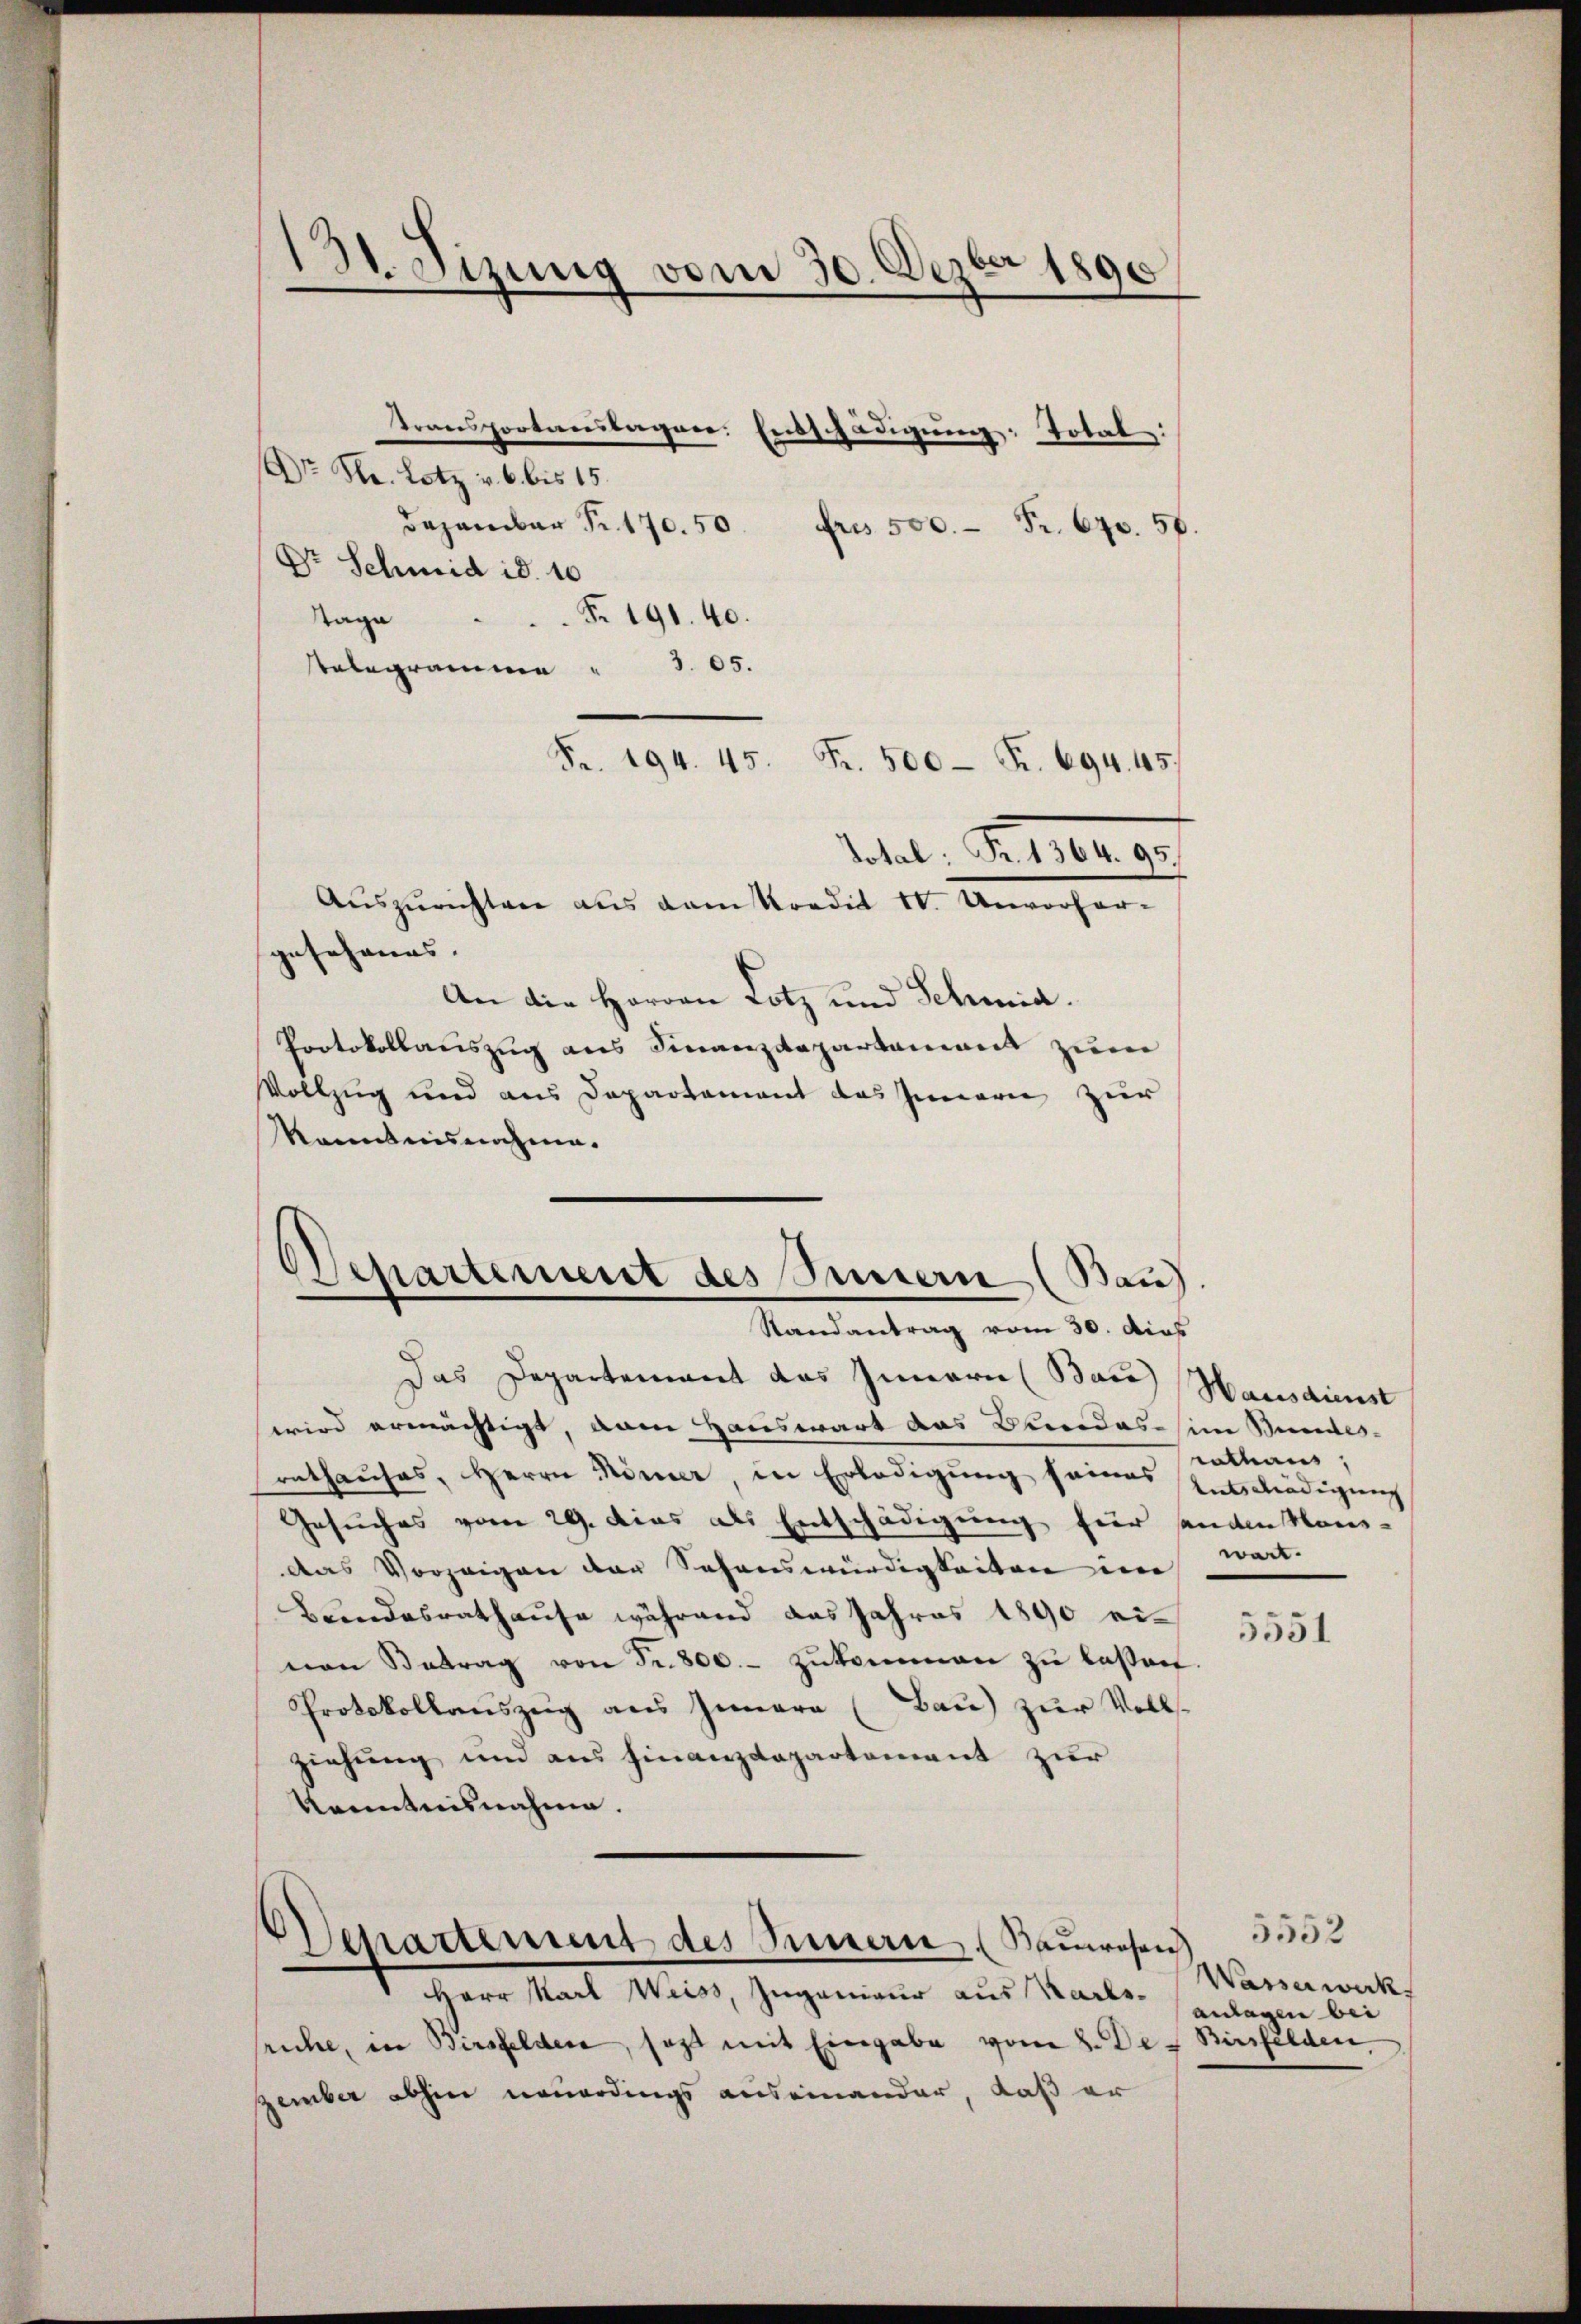
13t. Sizung vom 30. Dezbr 1890

Transportanstagen: Entschädigung: Total:
Dr. St. Lotz v. 6. bis 15.
Dezember Fr. 170. 50.
Fros 500. Fr. 670. 56.
Dr. Schmid id. 10
Tage . . . . 191. 40.
3. 85.
telegramme
Fr. 194. 45. Fr. 500 Fr. 694. 45.
Total, Seiter a
Auszurichten aus vom Kondit 1. Unvorher-
gesehenes. |
An die Herren Lotz und Schmid.
Protokollauszug aus Finanzdepartement zum
Vollzug und aus Departement das Innere zur
kanntnisnahme.
Departement des Innern (Bau

Randantrag vom 30. dies

Das Departement das Innern (Bau Hausdienst
wird ermächtigt, vom Hauswart das Bundes in Bundes-
rathauses, Herrn Römer, in Erledigung seines Entschädigung
Gesuches vom 29. Das als Entschädigung für anden kon-
das Vorzeigen der Schenswürdigkeiten im wart.
Bundesrathause während das Jahres 1890 einen Betrag von Fr. 800.- zŭkommen zŭ lassen.
Protokollauszug aus Innern (Bau) zur Volls-
ziehung und aus Finanzdepartement zur
Kenntnisnahme.
5552
Departement des Innern (Bauwesen
Wasserwerk
1 Herr Karl Weiss, Ingenieur aus Karlsanlagen bei
sruhe, in Birsfelder, sagt mit Eingabe vom 2. Der Birsfelden,
zember abhin neuerdings auseinander, daß er

eathaus,

5551